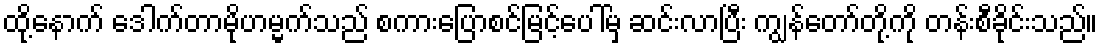
ထို့နောက် ဒေါက်တာမိုဟမ္မက်သည် စကားပြောစင်မြင့်ပေါ်မှ ဆင်းလာပြီး ကျွန်တော်တို့ကို တန်းစီခိုင်းသည်။